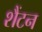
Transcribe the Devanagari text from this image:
शैंटन